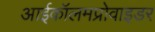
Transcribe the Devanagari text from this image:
आईकॉलमप्रोवाइडर